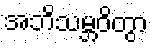
အဘိသမ္ဘဝိတွာ